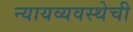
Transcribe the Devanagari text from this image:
न्यायव्यवस्थेची